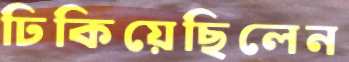
ঢিকিয়েছিলেন